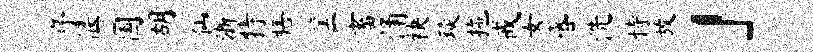
序偃国胡仙浙特膳筐畜涌袂琰拖戒女感洗恃放」